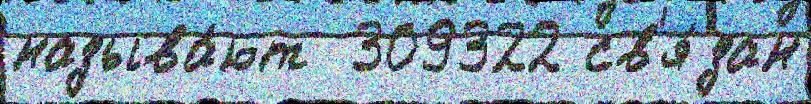
называ́ют  309322 св'я́зан